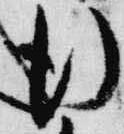
行